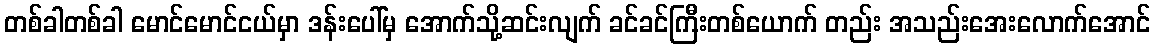
တစ်ခါတစ်ခါ မောင်မောင်ငယ်မှာ ဒန်းပေါ်မှ အောက်သို့ဆင်းလျက် ခင်ခင်ကြီးတစ်ယောက် တည်း အသည်းအေးလောက်အောင်